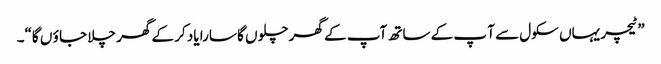
”ٹیچر یہاں سکول سے آ پ کے ساتھ آپ کے گھر چلو ں گا سارا یاد کر کے گھر چلا جا ؤ ں گا“۔